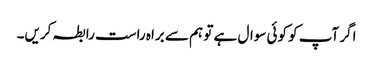
اگر آپ کو کوئی سوال ہے تو ہم سے براہ راست رابطہ کریں۔